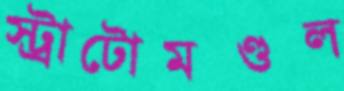
স্ট্রাটোমণ্ডল